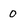
Character: 0